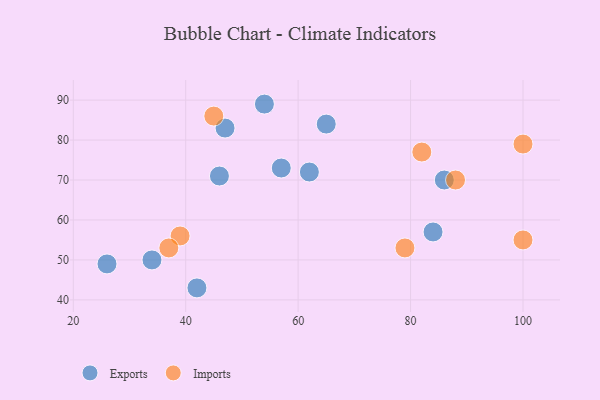
{"axis": {"x": "GDP", "y": "Life Expectancy"}, "legend": ["Exports", "Imports"], "data": [{"x": "26", "y": 49, "type": "Exports"}, {"x": "65", "y": 84, "type": "Exports"}, {"x": "54", "y": 89, "type": "Exports"}, {"x": "86", "y": 70, "type": "Exports"}, {"x": "84", "y": 57, "type": "Exports"}, {"x": "57", "y": 73, "type": "Exports"}, {"x": "47", "y": 83, "type": "Exports"}, {"x": "42", "y": 43, "type": "Exports"}, {"x": "62", "y": 72, "type": "Exports"}, {"x": "46", "y": 71, "type": "Exports"}, {"x": "34", "y": 50, "type": "Exports"}, {"x": "88", "y": 70, "type": "Imports"}, {"x": "79", "y": 53, "type": "Imports"}, {"x": "45", "y": 86, "type": "Imports"}, {"x": "39", "y": 56, "type": "Imports"}, {"x": "37", "y": 53, "type": "Imports"}, {"x": "100", "y": 79, "type": "Imports"}, {"x": "100", "y": 55, "type": "Imports"}, {"x": "82", "y": 77, "type": "Imports"}]}